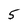
Character: 5